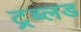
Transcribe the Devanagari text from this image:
ट्रब्लड